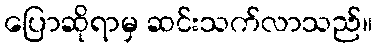
ပြောဆိုရာမှ ဆင်းသက်လာသည်။